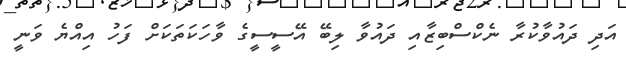
އަދި ދައުވާކުރާ ނެކްސްބިޒާއި ދައުވާ ލިބޭ އޭސީސީގެ ވާހަކަތަކަށް ފަހު އިއްޔެ ވަނީ